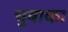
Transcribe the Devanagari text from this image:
चुबाका